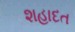
શહાદત